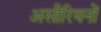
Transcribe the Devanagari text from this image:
असीरियनों